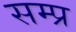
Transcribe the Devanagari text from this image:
सम्प्र